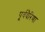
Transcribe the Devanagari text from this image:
पूर्ववैरिणा